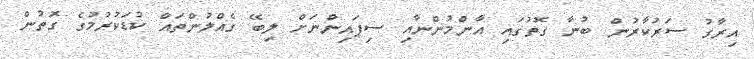
އިރާގު ސަރުކާރުން ބުނާ ގޮތުގައި އާންމުންނާއި ސިފައިންނަށް ލިބޭ ގެއްލުންތައް ކުޑަކުރުމުގެ ގޮތުން